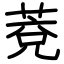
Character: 萒